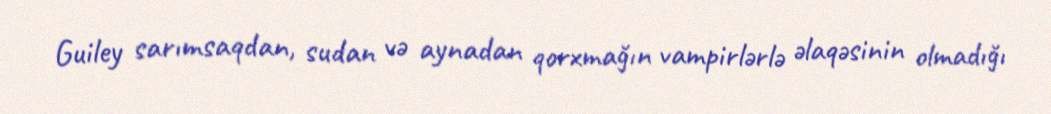
Guiley sarımsaqdan, sudan və aynadan qorxmağın vampirlərlə əlaqəsinin olmadığı